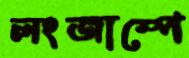
লংজাম্পে